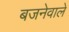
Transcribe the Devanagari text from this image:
बजनेवाले